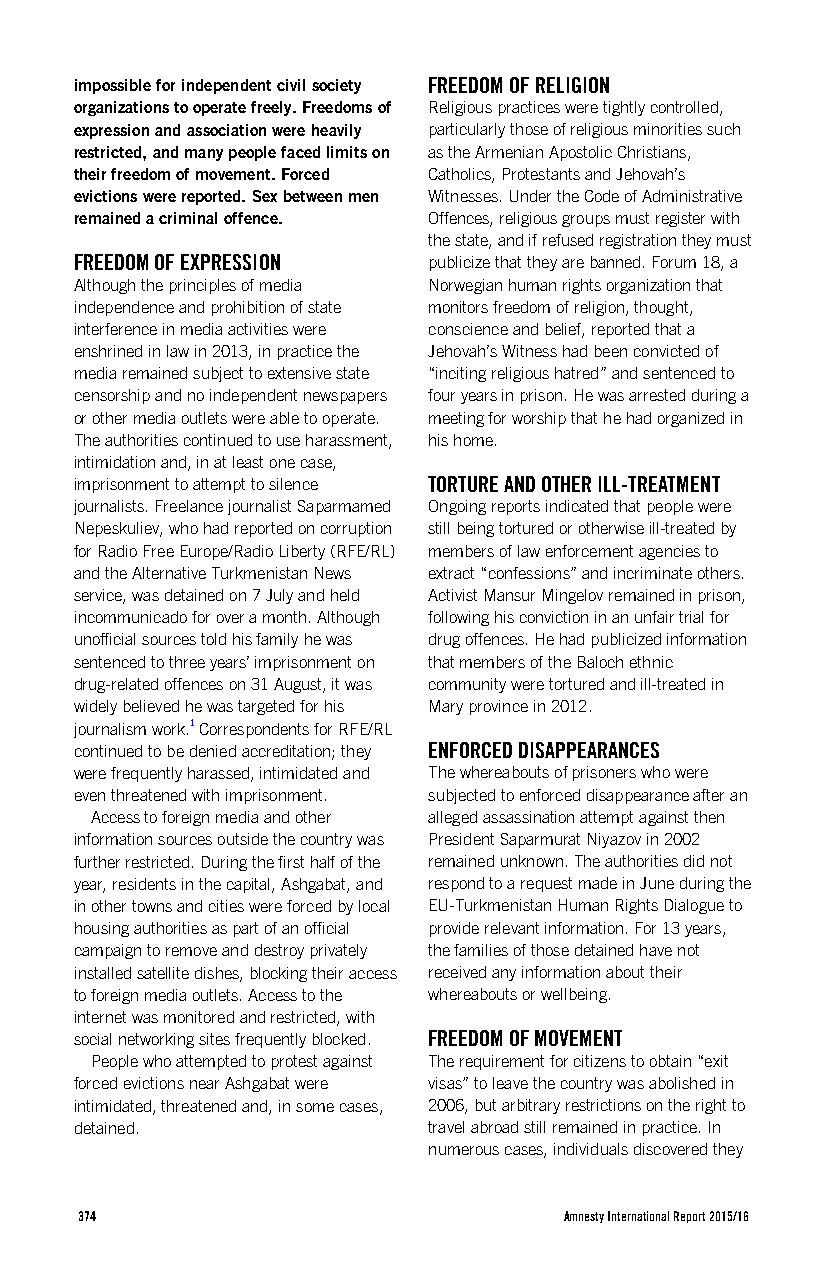
impossible for independent civil society FREEDOM OF RELIGION
 organizations to operate freely. Freedoms of Religious practices were tightly controlled,
 expression and association were heavily particularly those of religious minorities such
 restricted, and many people faced limits on as the Armenian Apostolic Christians,
 their freedom of movement. Forced Catholics, Protestants and Jehovah’s
 evictions were reported. Sex between men Witnesses. Under the Code of Administrative
 remained a criminal offence. Offences, religious groups must register with
 the state, and if refused registration they must
 FREEDOM OF EXPRESSION  publicize that they are banned. Forum 18, a
 Although the principles of media Norwegian human rights organization that
 independence and prohibition of state monitors freedom of religion, thought,
 interference in media activities were conscience and belief, reported that a
 enshrined in law in 2013, in practice the Jehovah’s Witness had been convicted of
 media remained subject to extensive state “inciting religious hatred” and sentenced to
 censorship and no independent newspapers four years in prison. He was arrested during a
 or other media outlets were able to operate. meeting for worship that he had organized in
 The authorities continued to use harassment, his home.
 intimidation and, in at least one case,
 imprisonment to attempt to silence TORTURE AND OTHER ILL-TREATMENT
 journalists. Freelance journalist Saparmamed Ongoing reports indicated that people were
 Nepeskuliev, who had reported on corruption still being tortured or otherwise ill-treated by
 for Radio Free Europe/Radio Liberty (RFE/RL) members of law enforcement agencies to
 and the Alternative Turkmenistan News extract “confessions” and incriminate others.
 service, was detained on 7 July and held Activist Mansur Mingelov remained in prison,
 incommunicado for over a month. Although following his conviction in an unfair trial for
 unofficial sources told his family he was drug offences. He had publicized information
 sentenced to three years’ imprisonment on that members of the Baloch ethnic
 drug-related offences on 31 August, it was community were tortured and ill-treated in
 widely believed he was targeted for his Mary province in 2012.
 journalism work.1 Correspondents for RFE/RL
 continued to be denied accreditation; they ENFORCED DISAPPEARANCES
 were frequently harassed, intimidated and The whereabouts of prisoners who were
 even threatened with imprisonment. subjected to enforced disappearance after an
 Access to foreign media and other alleged assassination attempt against then
 information sources outside the country was President Saparmurat Niyazov in 2002
 further restricted. During the first half of the remained unknown. The authorities did not
 year, residents in the capital, Ashgabat, and respond to a request made in June during the
 in other towns and cities were forced by local EU-Turkmenistan Human Rights Dialogue to
 housing authorities as part of an official provide relevant information. For 13 years,
 campaign to remove and destroy privately the families of those detained have not
 installed satellite dishes, blocking their access received any information about their
 to foreign media outlets. Access to the whereabouts or wellbeing.
 internet was monitored and restricted, with
 social networking sites frequently blocked. FREEDOM OF MOVEMENT
 People who attempted to protest against The requirement for citizens to obtain “exit
 forced evictions near Ashgabat were visas” to leave the country was abolished in
 intimidated, threatened and, in some cases, 2006, but arbitrary restrictions on the right to
 detained.              travel abroad still remained in practice. In
 numerous cases, individuals discovered they
 374                             Amnesty International Report 2015/16